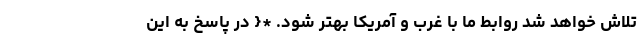
تلاش خواهد شد روابط ما با غرب و آمریکا بهتر شود. *{ در پاسخ به این